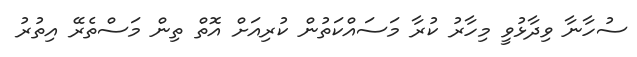
ސުހާނާ ވިދާޅުވީ މިހާރު ކުރާ މަސައްކަތުން ކުރިއަށް އޮތް ތިން މަސްތެރޭ އިތުރު